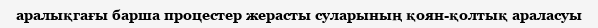
аралықгағы барша процестер жерасты суларының қоян-қолтық араласуы